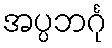
အပ္ပဘင်္ဂု